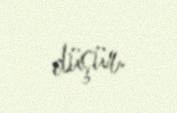
düşür.